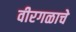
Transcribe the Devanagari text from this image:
वीरगळाचे